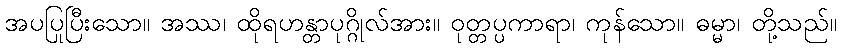
အပပြုပြီးသော။ အဿ၊ ထိုရဟန္တာပုဂ္ဂိုလ်အား။ ဝုတ္တပ္ပကာရာ၊ ကုန်သော။ ဓမ္မာ၊ တို့သည်။